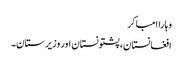
وہاراامباکر
افغانستان، پشتونستان اور وزیرستان۔